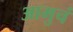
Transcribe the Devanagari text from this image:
आमुचं